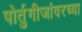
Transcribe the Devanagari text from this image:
पोर्तुगीजांवरच्या